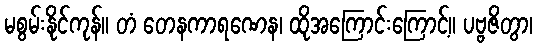
မစွမ်းနိုင်ကုန်။ တံ တေနကာရဏေန၊ ထိုအကြောင်းကြောင့်။ ပဗ္ဗဇိတွာ၊